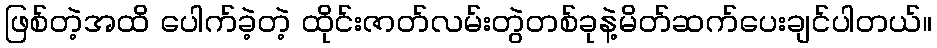
ဖြစ်တဲ့အထိ ပေါက်ခဲ့တဲ့ ထိုင်းဇာတ်လမ်းတွဲတစ်ခုနဲ့မိတ်ဆက်ပေးချင်ပါတယ်။